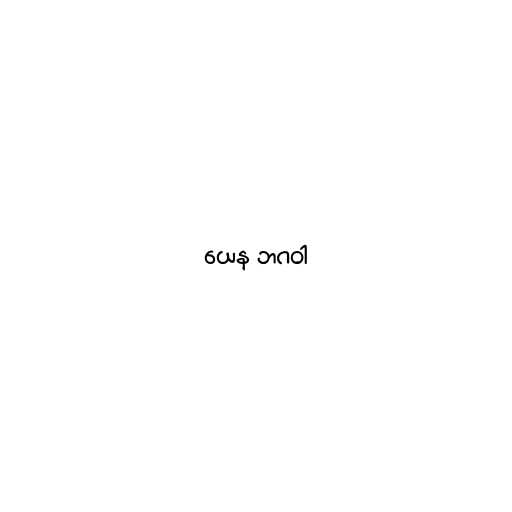
ယေန ဘဂဝါ